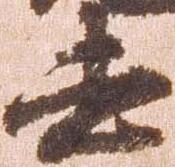
去